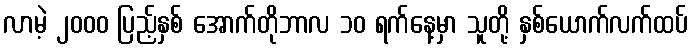
လာမဲ့ ၂၀၀၀ ပြည့်နှစ် အောက်တိုဘာလ ၁၀ ရက်နေ့မှာ သူတို့ နှစ်ယောက်လက်ထပ်